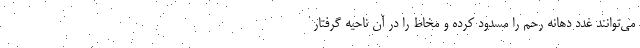
می‌توانند غدد دهانه رحم را مسدود کرده و مخاط را در آن ناحیه گرفتار